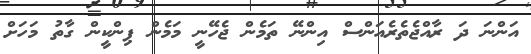
އަންނަ ދަ ރާއްޖެތެރެއަންސް އިންނޭ ތަމެން ޖެހޭނީ މަމެން ޕިންކީން ގާތު މަހަށް